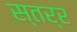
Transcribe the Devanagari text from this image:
स्तर्र